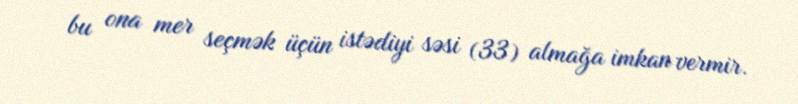
bu ona mer seçmək üçün istədiyi səsi (33) almağa imkan vermir.